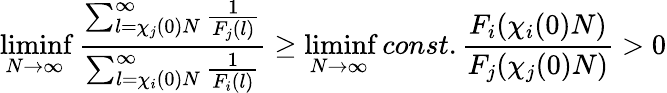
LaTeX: \operatorname*{liminf}_{N\to\infty}\frac{\sum_{l=\chi_{j}(0)N}^{\infty}\frac{1}{F_{j}(l)}}{\sum_{l=\chi_{i}(0)N}^{\infty}\frac{1}{F_{i}(l)}}\ge\operatorname*{liminf}_{N\to\infty}const.\frac{F_{i}(\chi_{i}(0)N)}{F_{j}(\chi_{j}(0)N)}>0